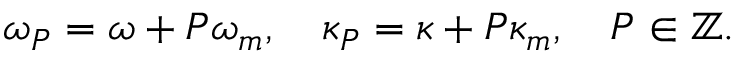
\omega _ { P } = \omega + P \omega _ { m } , \quad \kappa _ { P } = \kappa + P \kappa _ { m } , \quad P \in \mathbb { Z } .